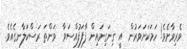
ވެރިވާށެވެ! ހަމަކަށަވަރުން  އީ ގިނަގިނައިން ފާފަފުއްސަވާ  ވަންތަ ރަސްކަލާނގެއެވެ.